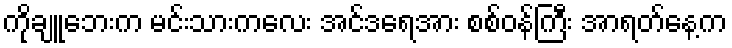
ကိုချူဘေးက မင်းသားကလေး အင်ဒရေအား စစ်ဝန်ကြီး အာရတ်နေ့က